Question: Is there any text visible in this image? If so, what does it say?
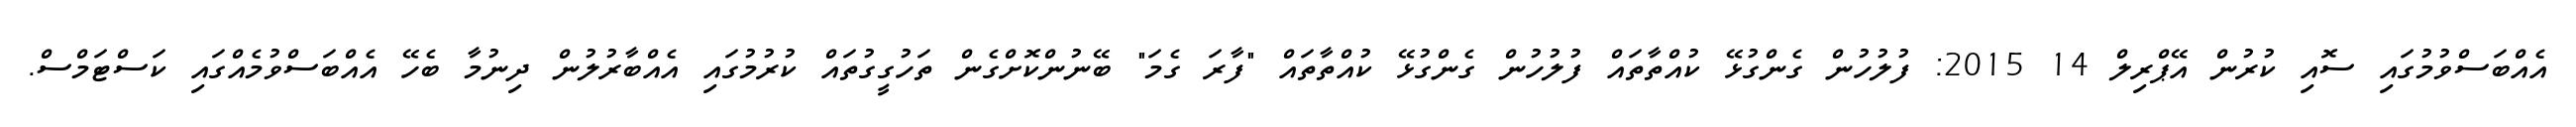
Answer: އެއްބަސްވުމުގައި ސޮއި ކުރުން އޭޕްރިލް 14 2015: ފުލުހުން ގެންގުޅޭ ކުއްތާތައް ފުލުހުން ގެންގުޅޭ ކުއްތާތައް "ފާރަ ގެމަ" ބޭނުންކޮށްގެން ތަހުގީގުތައް ކުރުމުގައި އެއްބާރުލުން ދިނުމާ ބެހޭ އެއްބަސްވުމެއްގައި ކަސްޓަމްސް.